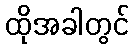
ထိုအခါတွင်